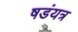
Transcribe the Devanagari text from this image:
षडंयत्र